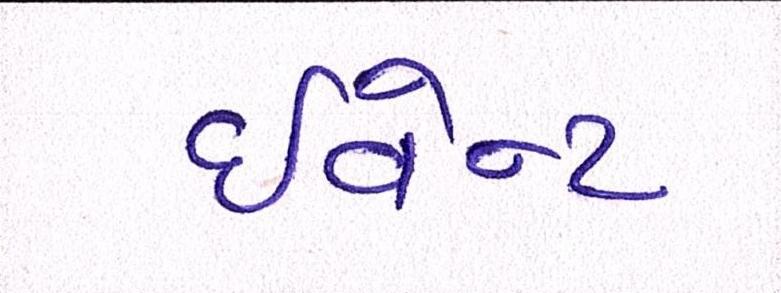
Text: ઈવેન્ટ